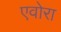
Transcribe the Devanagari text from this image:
एवोरा